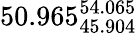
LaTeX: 50.965_{45.904}^{54.065}